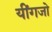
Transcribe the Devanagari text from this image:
यींगजो